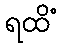
ရထိံ